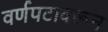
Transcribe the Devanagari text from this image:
वर्णपटावरून